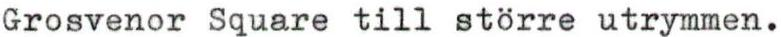
Grosvenor Square till större utrymmen.